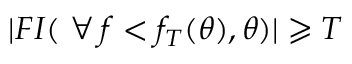
| F I ( \, \, \forall \, f < f _ { T } ( \theta ) , \theta ) | \geqslant T